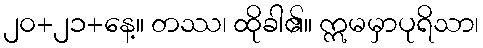
၂၀+၂၁+နေ့။ တဿ၊ ထိုခါ၏။ ဣမမှာပုရိသာ၊